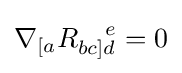
\nabla _{[a}R_{bc]d}^{\ \ \ e}=0